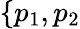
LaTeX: \{ p_{1},p_{2}